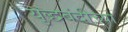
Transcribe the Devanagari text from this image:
युद्धबंदीच्या